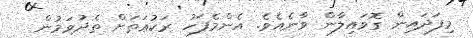
މިފަދައިން ގޮވައިލާން ވާނެއެވެ. އެންމެފަހު ރަކުޢަތަށް ތެދުވަމުން